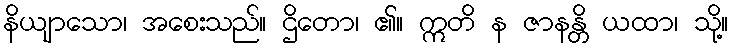
နိယျာသော၊ အစေးသည်။ ဌိတော၊ ၏။ ဣတိ န ဇာနန္တိ ယထာ၊ သို့။